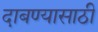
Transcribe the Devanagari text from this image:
दाबण्यासाठी